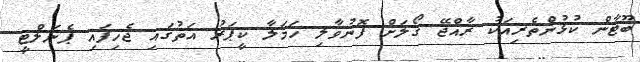
ބޫޓާން ކުޅުންތެރިއަކު ރާއްޖޭ ގޯލަށް ފޮނުވާލި ހަމަލާ ކީޕަރު އަތުގައި ޖެހިފައި ޕެނަލްޓީ